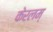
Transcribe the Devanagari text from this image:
केरलम्